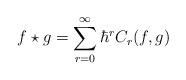
LaTeX: \begin{align*} f \star g = \sum_{r=0}^\infty \hbar^r C_r(f, g) \end{align*}